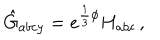
LaTeX: \hat { G } _ { a b c y } = e ^ { \frac { 1 } { 3 } \phi } H _ { a b c } \, ,